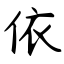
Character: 依